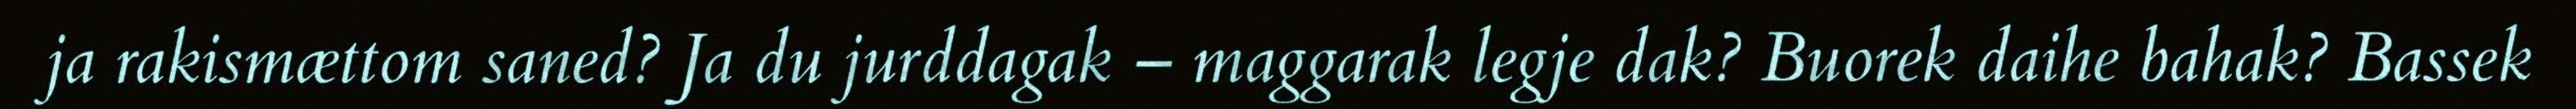
ja rakismættom saned? Ja du jurddagak – maggarak legje dak? Buorek daihe bahak? Bassek